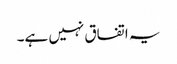
یہ اتفاق نہیں ہے۔